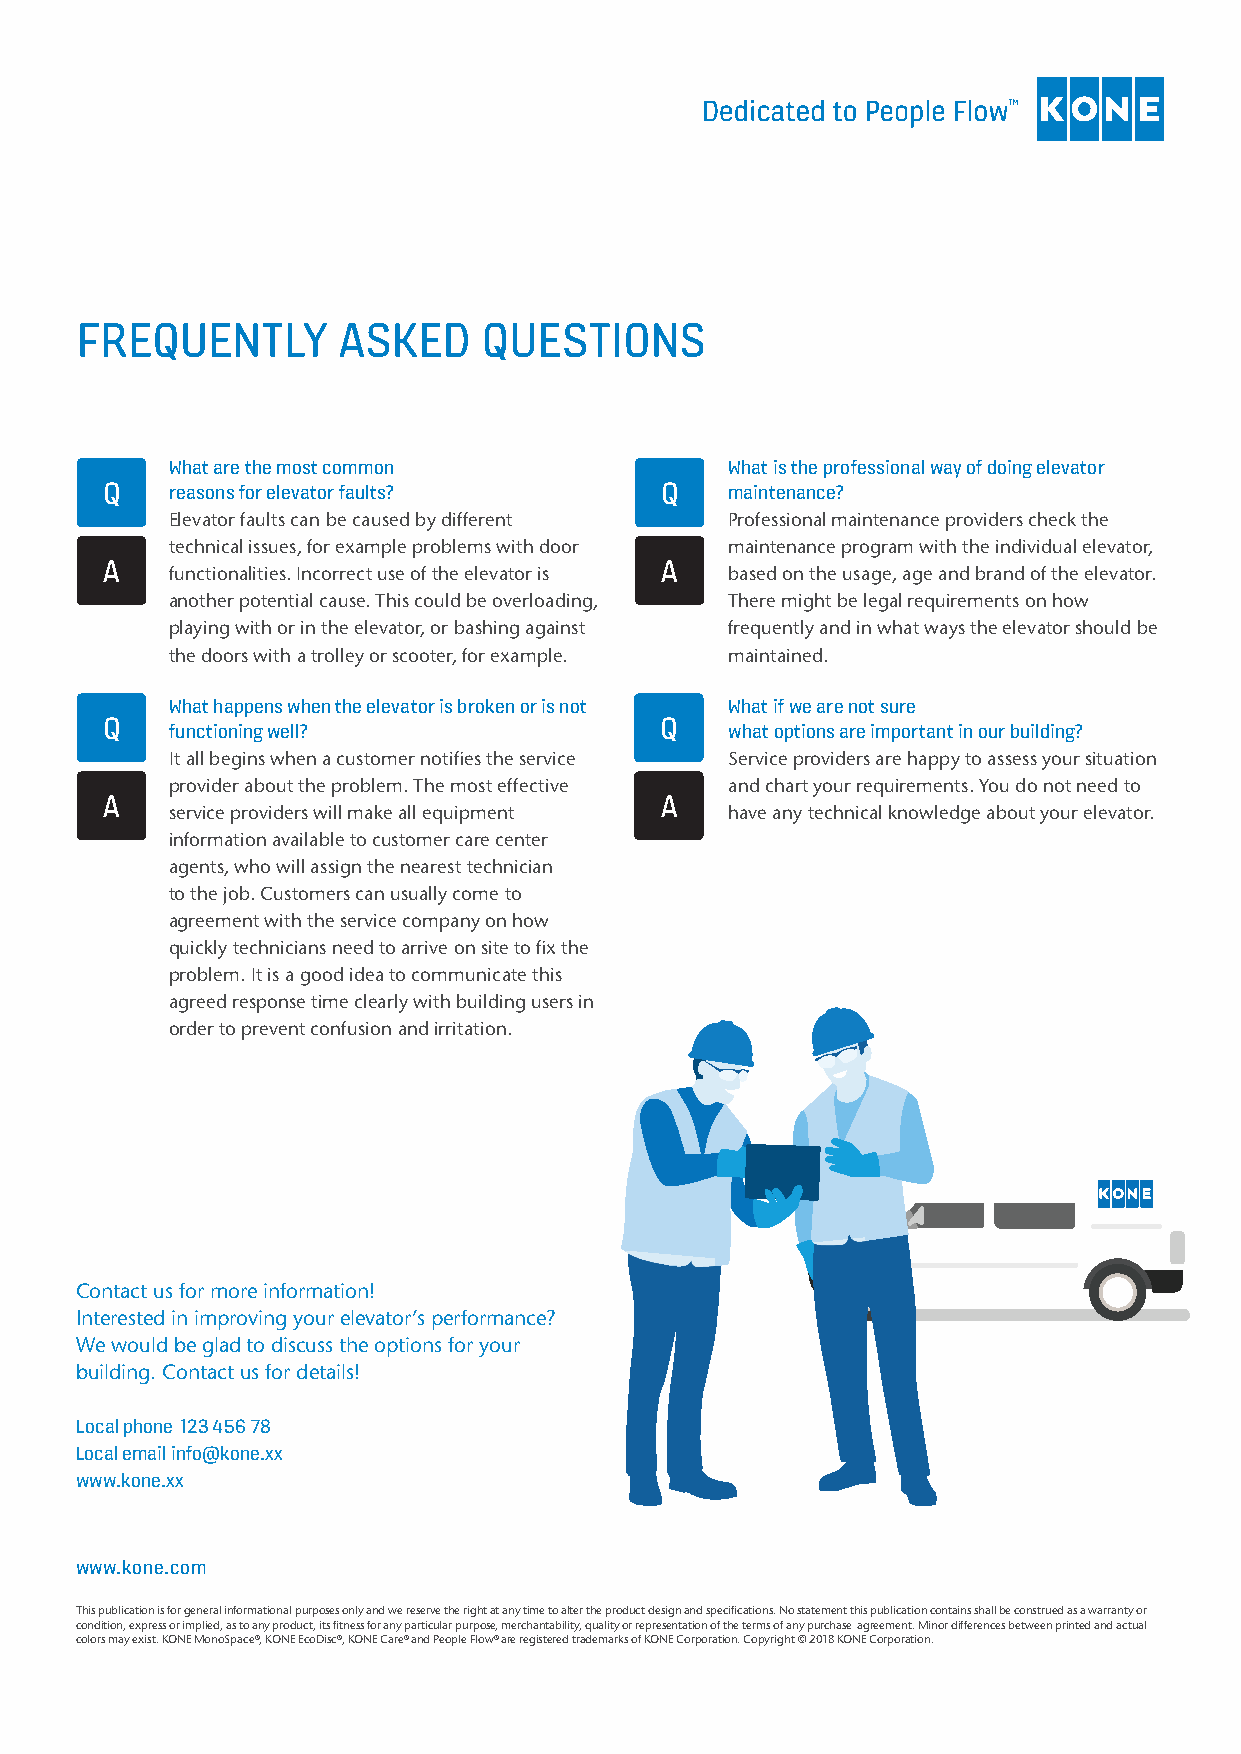
FREQUENTLY       ASKED     QUESTIONS
 What are the most common             What is the professional way of doing elevator
 Q   reasons for elevator faults?     Q   maintenance?
 Elevator faults can be caused by different Professional maintenance providers check the
 technical issues, for example problems with door maintenance program with the individual elevator,
 A                                    A
 functionalities. Incorrect use of the elevator is based on the usage, age and brand of the elevator.
 another potential cause. This could be overloading, There might be legal requirements on how
 playing with or in the elevator, or bashing against frequently and in what ways the elevator should be
 the doors with a trolley or scooter, for example. maintained.
 What happens when the elevator is broken or is not What if we are not sure
 Q                                    Q
 functioning well?                    what options are important in our building?
 It all begins when a customer notifies the service Service providers are happy to assess your situation
 provider about the problem. The most effective and chart your requirements. You do not need to
 A                                    A
 service providers will make all equipment have any technical knowledge about your elevator.
 information available to customer care center
 agents, who will assign the nearest technician
 to the job. Customers can usually come to
 agreement with the service company on how
 quickly technicians need to arrive on site to fix the
 problem. It is a good idea to communicate this
 agreed response time clearly with building users in
 order to prevent confusion and irritation.
 Contact us for more information!
 Interested in improving your elevator’s performance?
 We would be glad to discuss the options for your
 building. Contact us for details!
 Local phone 123 456 78
 Local email info@kone.xx
 www.kone.xx
 www.kone.com
 This publication is for general informational purposes only and we reserve the right at any time to alter the product design and specifications. No statement this publication contains shall be construed as a warranty or
 condition, express or implied, as to any product, its fitness for any particular purpose, merchantability, quality or representation of the terms of any purchase agreement. Minor differences between printed and actual
 colors may exist. KONE MonoSpace®, KONE EcoDisc®, KONE Care® and People Flow® are registered trademarks of KONE Corporation. Copyright © 2018 KONE Corporation.